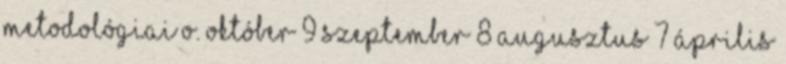
metodológiai o. október 9 szeptember 8 augusztus 7 április